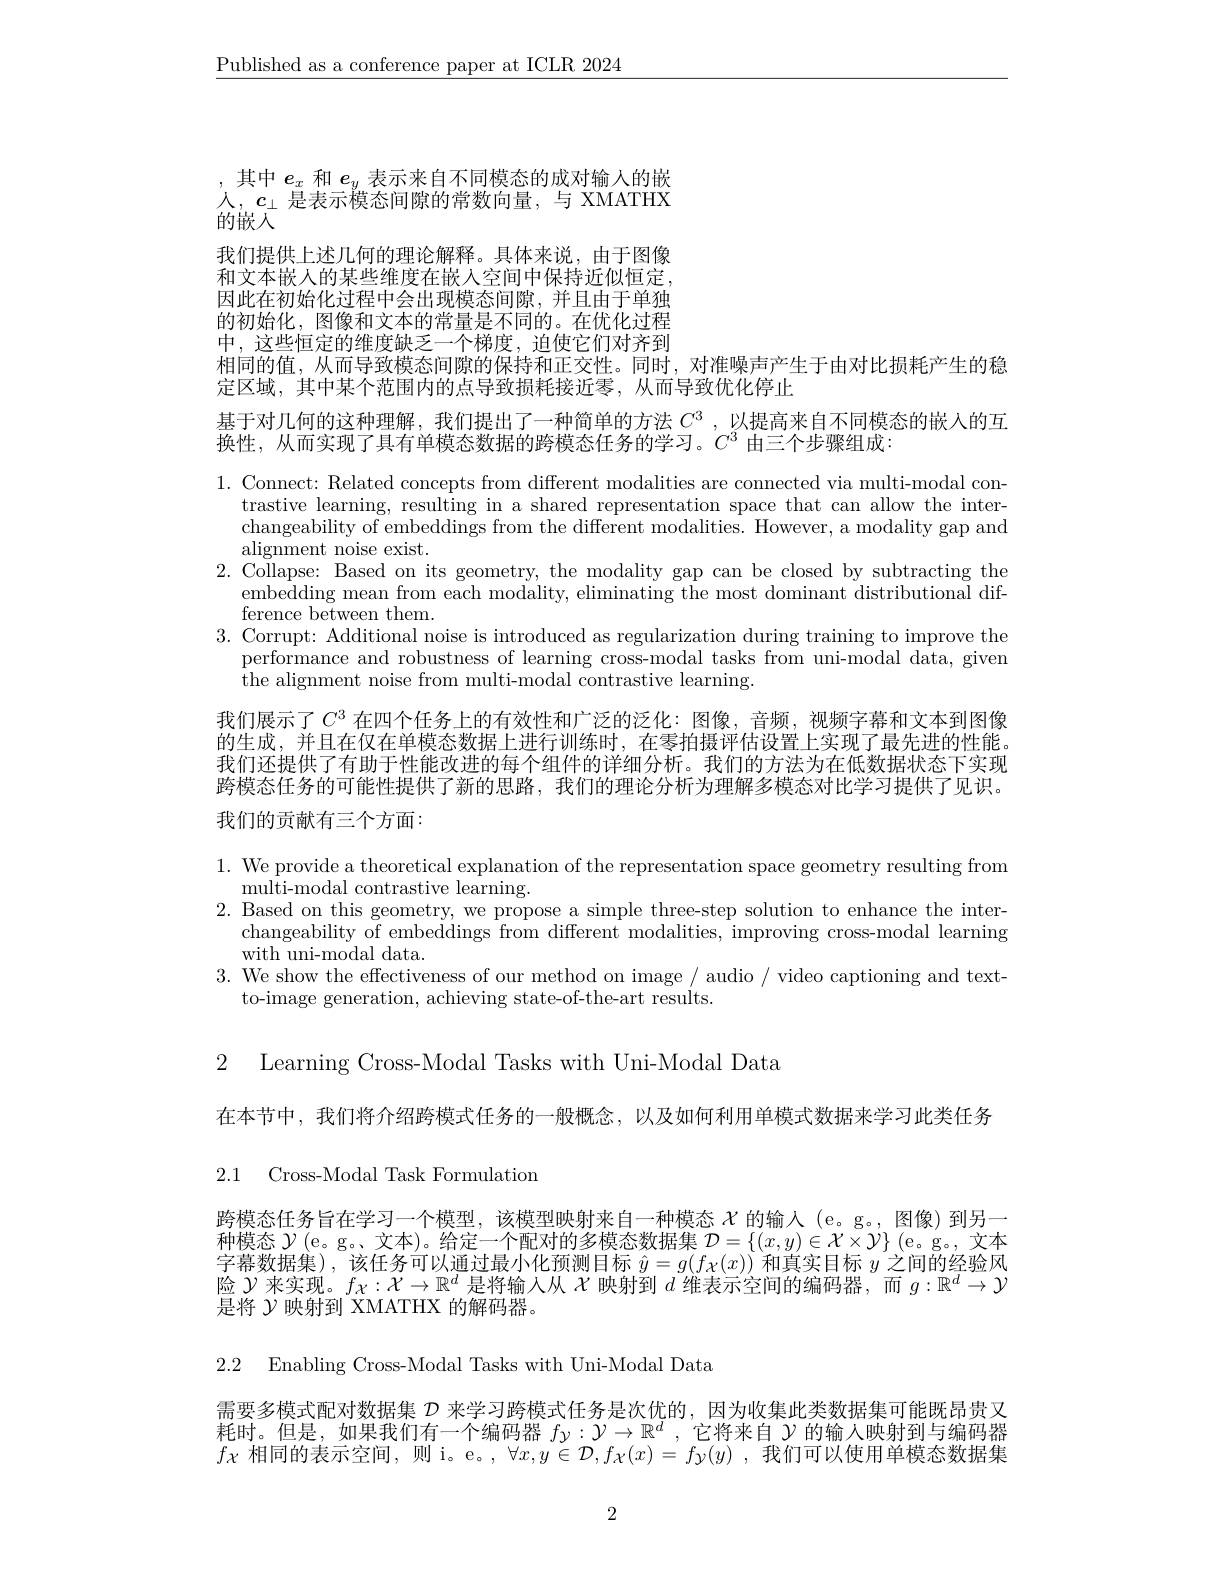
$\underline{\text{Published as a conference paper at ICLR 2024}}$

其中$e_x$和$e_y$表示来自不同模态的成对输入的嵌人，$c_\perp$是表示模态间隙的常数向量，与 XMATHX 的嵌人
我们提供上述几何的理论解释。具体来说，由于图像和文本嵌入的某些维度在嵌人空间中保持近似恒定， 因此在初始化过程中会出现模态间隙，并且由于单独的初始化，图像和文本的常量是不同的。在优化过程中，这些恒定的维度缺乏一个梯度，迫使它们对齐到相同的值，从而导致模态间隙的保持和正交性。同时，对准噪声产生于由对比损耗产生的稳
定区域，其中某个范围内的点导致损耗接近零，从而导致优化停止
基于对几何的这种理解，我们提出了一种简单的方法$C^3$ , 以提高来自不同模态的嵌人的互
$\overline{\text{换性，从而实现了具有单模态数据的跨模态任务的学习。}C^3}$由三个步骤组成：

1. Connect: Related concepts from different modalities are connected via multi-modal con-
trastive learning, resulting in a shared representation space that can allow the interchangeability of embeddings from the different modalities. However, a modality gap and $\mathop{\mathrm{alignment~noise~exist.}}$
2.Collapse: Based on its geometry, the modality gap can be closed by subtracting the
embedding mean from each modality, eliminating the most dominant distributional dif-
$\underset{\mathrm{G}}{\operatorname*{ference~between~them.}}$
3. Corrupt: Additional noise is introduced as regularization during training to improve the
performance and robustness of learning cross-modal tasks from uni-modal data, given
the alignment noise from multi-modal contrastive learning.

我们展示了$C^3$ 在四个任务上的有效性和广泛的泛化：图像，音频，视频字幕和文本到图像的生成，并且在仅在单模态数据上进行训练时，在零拍摄评估设置上实现了最先进的性能我们还提供了有助于性能改进的每个组件的详细分析。我们的方法为在低数据状态下实现跨模态任务的可能性提供了新的思路，我们的理论分析为理解多模态对比学习提供了见识。我们的贡献有三个方面：

1. We provide a theoretical explanation of the representation space geometry resulting from
$\operatorname*{multi-modal}$contrastive learning.
2. Based on this geometry, we propose a simple three-step solution to enhance the inter-
changeability of embeddings from different modalities, improving cross-modal learning
$\mathop{\mathrm{with~uni-modal~data.}}$
3. We show the effectiveness of our method on image / audio / video captioning and text-
to-image generation, achieving state-of-the-art results.

2 Learning Cross-Modal Tasks with Uni-Modal Data

在本节中，我们将介绍跨模式任务的一般概念，以及如何利用单模式数据来学习此类任务
2.1 Cross-Modal Task Formulation

跨模态任务旨在学习一个模型，该模型映射来自一种模态$\chi$的输入(e。g。,图像)到另一种模态$\mathcal{Y}($e。g。、文本)。给定一个配对的多模态数据集$\mathcal{D}=\{(x,y)\in\mathcal{X}\times\mathcal{Y}\}$ (e.g。, 文本字幕数据集),该任务可以通过最小化预测目标$\hat{y}=g(f_{\mathcal{X}}(x))$和真实目标$y$之间的经验风险$\mathcal{Y}$来实现。$f\chi:\mathcal{X}\to\mathbb{R}^d$是将输入从$\mathcal{X}$映射到$d$维表示空间的编码器，而$g:\mathbb{R}^d\to\mathcal{Y}$ 是将$\mathcal{Y}$映射到 XMATHX 的解码器。

2.2 Enabling Cross-Modal Tasks with Uni-Modal Data

需要多模式配对数据集$\mathcal{D}$来学习跨模式任务是次优的，因为收集此类数据集可能既昂贵又耗时。但是，如果我们有一个编码器$f_{\mathcal{Y}}:\mathcal{Y}\to\mathbb{R}^d$ ,它将来自$\mathcal{Y}$的输入映射到与编码器$f\chi$相同的表示空间，则 i。e。, $\forall x,y\in\mathcal{D},f\chi(x)=f\gamma(y)$,我们可以使用单模态数据集

2